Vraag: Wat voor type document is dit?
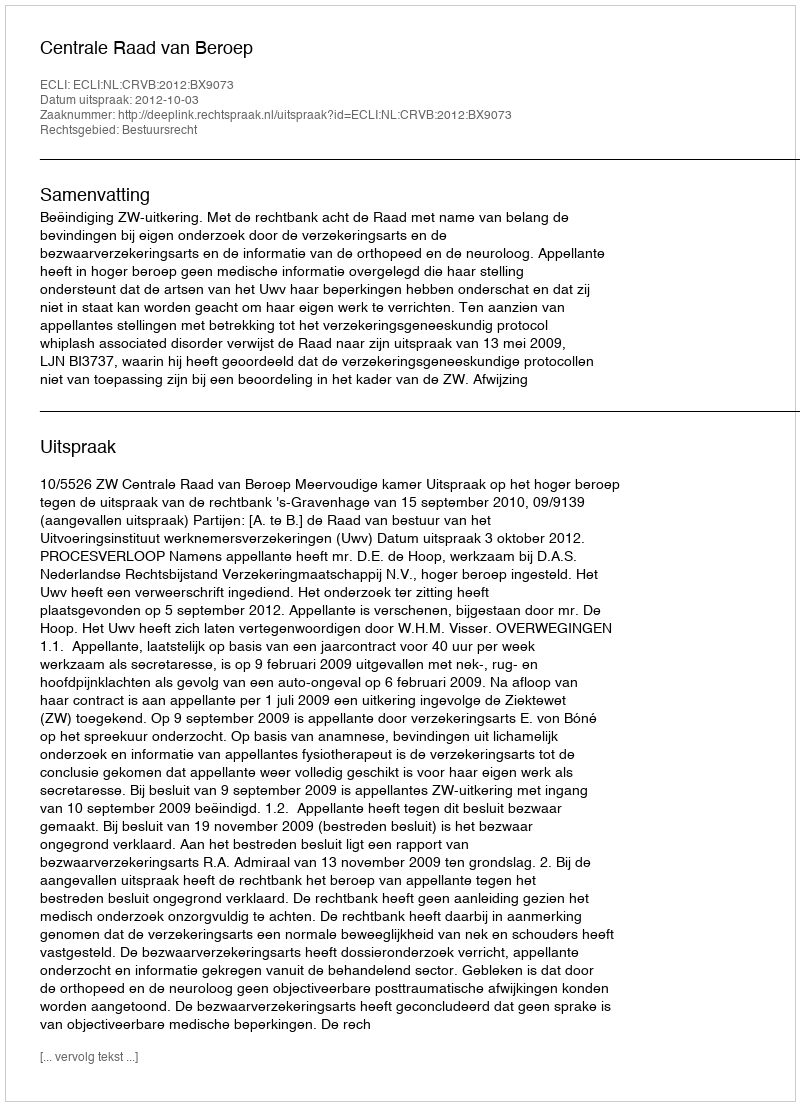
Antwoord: Uitspraak